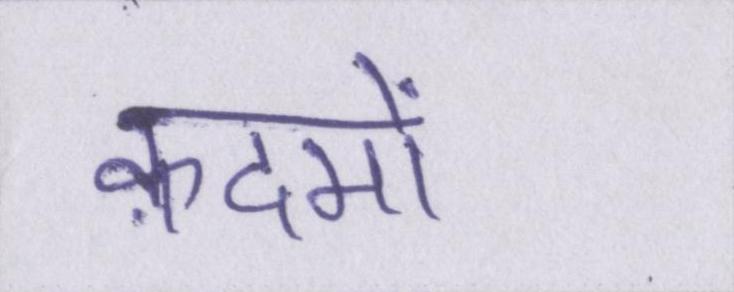
क़दमों